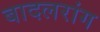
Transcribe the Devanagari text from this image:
बादलरांग